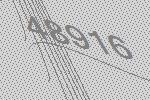
48916